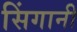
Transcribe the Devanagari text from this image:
सिंगानी